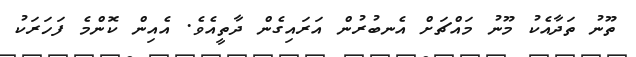
ތޫނު ތަދާއެކު މޫނު މައްޗަށް އެނބުރުން އަރައިގެން ދާތީއެވެ. އެއިން ކޮންމެ ފަހަރަކު